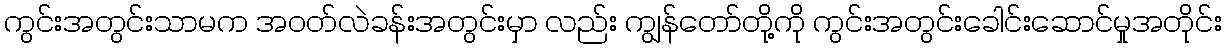
ကွင်းအတွင်းသာမက အဝတ်လဲခန်းအတွင်းမှာ လည်း ကျွန်တော်တို့ကို ကွင်းအတွင်းခေါင်းဆောင်မှုအတိုင်း